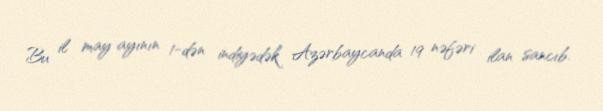
Bu il may ayının 1-dən indiyədək Azərbaycanda 19 nəfəri ilan sancıb.